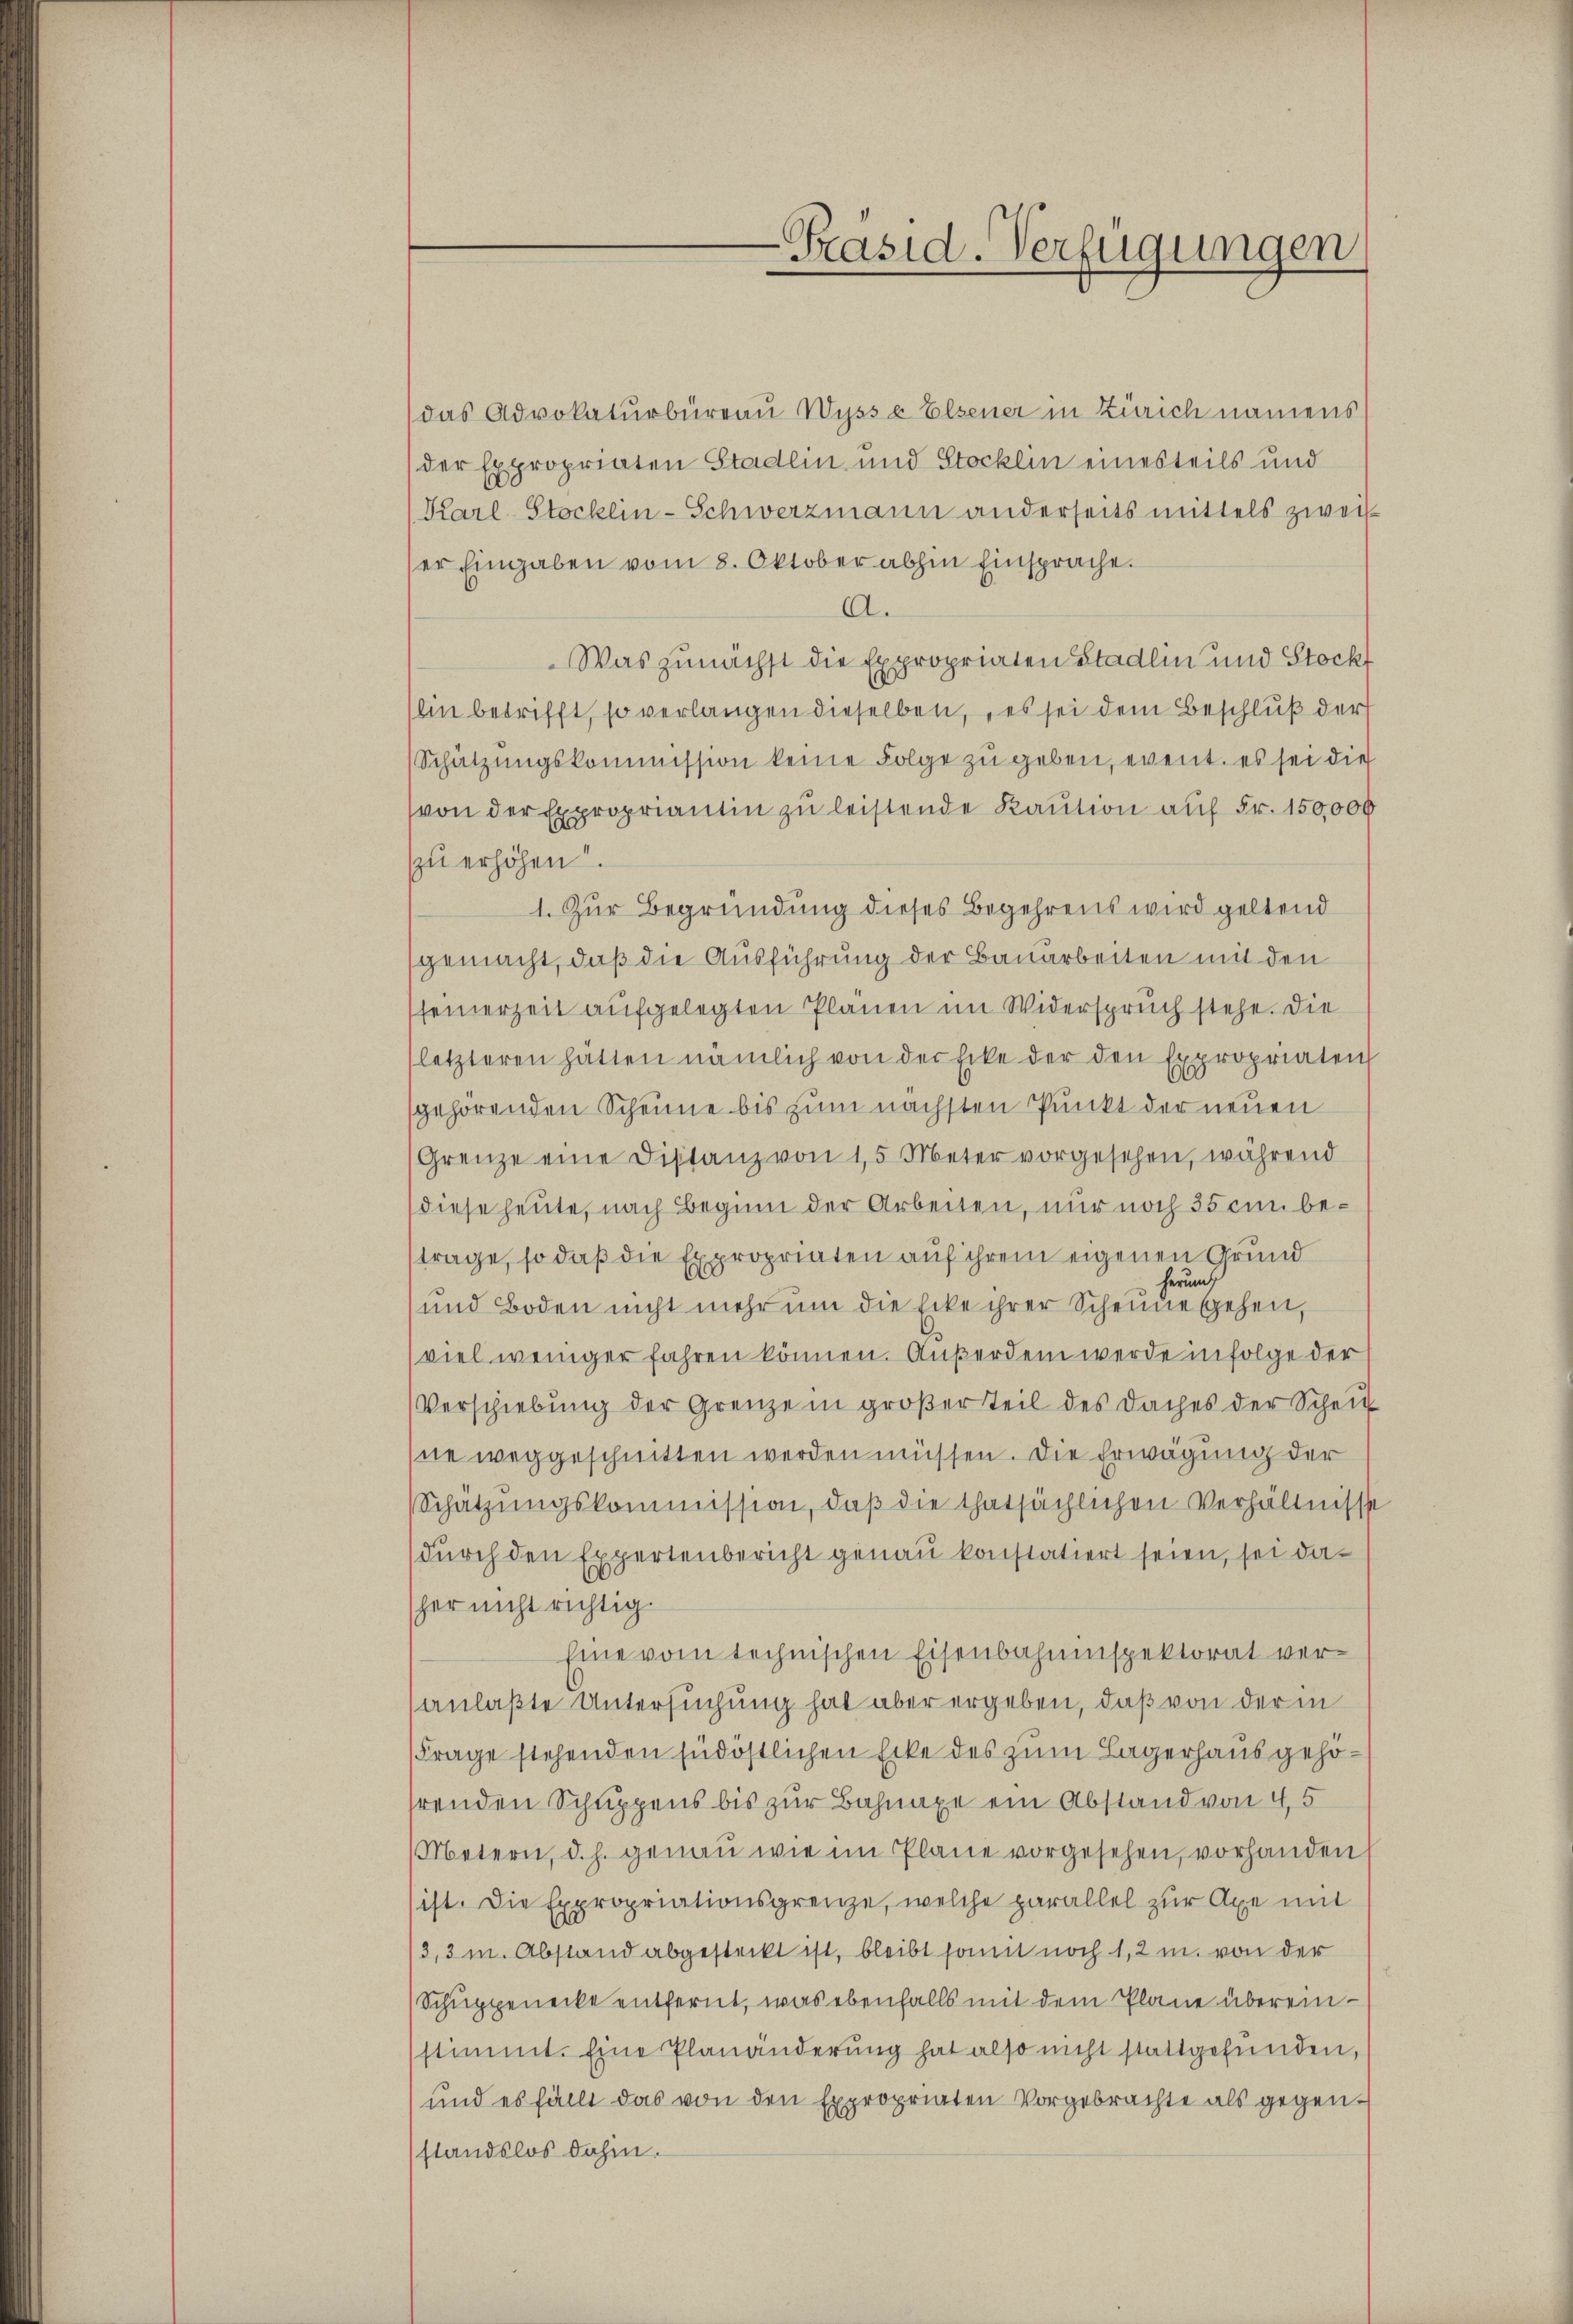
-Präsid-Verfügungen

das Advokaturbüreau Wyss a Elsener in Zürich namens
der Expropriaten Stadlin und Stocklin einesteils und
(Karl-Stocklin-Schwerzmann anderseits mittels zweiser Eingaben vom 8. Oktober abhin Einsprache.
A.
Was zunächst die Expropriaten Stadlin und Stockt
hin betrifft, so verlangen dieselben, es sei dem Beschluß der
Schützŭngskommission keine Folge zŭ geben, event. es sei die
von der Expropriantin zu leistende Kaution auf Fr. 150,000
zu erhöhen
1. Zur Begründung dieses Begehrens wird geltend
gemacht, daß die Ausführung der Bauarbeiten mit den
seinerzeit aufgelegten Plänen im Widerspruch stehe. Die
letzteren hätten nämlich von der Ecke der den Expropriaten
gehörenden Scheine bis zum nächsten Punkt der neuen
Grenze eine Distanz von 15 Meter vorgesehen, während
diese heute, nach Beginn der Arbeiten, nur noch 35 cum betrage, so daß die Expropriaten auf ihrem eigenen Grund
herum
und Boden nicht mehr um die Ecke ihrer Scheune sehen,
viel weniger fahren können. Außerdem werde infolge der
Verschiebung der Grenze in großer Teil des Daches der Scheid
ne weggeschnitten werden müssen. Die Erwägung der
Schätzŭngskommission, daβ die thatsächlichen Verhältnisse
durch den Expertenbericht genau konstatiert seien, sei daher nicht richtig.
Eine vom technischen Eisenbahninspektorat versanlaßte Untersuchung hat aber ergeben, daß von der in
Frage stehenden südöstlichen Ecke des zum Lagerhaus gehöhrenden Schuppens bis zur Bahnaxe ein Abstand von 4,5
Metern, d.h. genau wie im Plane vorgesehen, vorhanden
sist. Die Expropriationsgrenze, welche parallel zur Axe mit
3,3 m. Abstand abgesteckt ist, bleibt somit noch 1,2 m. von der
Schuppenecke entfernt, was ebenfalls mit dem Plane übereinstimmt. Eine Planänderung hat also nicht stattgefunden,
und es fällt das von den Expropriaten Vorgebrachte als gegenstandslos dahin.